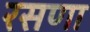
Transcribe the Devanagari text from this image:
रसणा